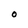
Character: 0